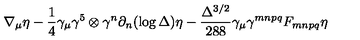
\nabla _ { \mu } \eta - \frac { 1 } { 4 } \gamma _ { \mu } \gamma ^ { 5 } \otimes \gamma ^ { n } \partial _ { n } ( \log \Delta ) \eta - \frac { \Delta ^ { 3 / 2 } } { 2 8 8 } \gamma _ { \mu } \gamma ^ { m n p q } F _ { m n p q } \eta \,